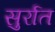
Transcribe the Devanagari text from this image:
सुर्रात